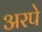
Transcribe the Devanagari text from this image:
अरपे